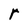
Character: r